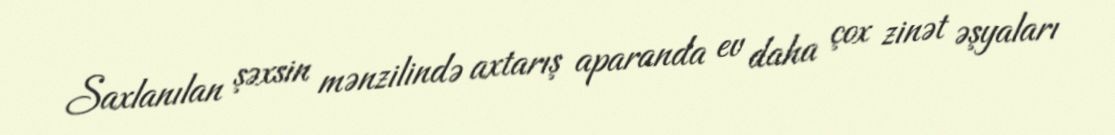
Saxlanılan şəxsin mənzilində axtarış aparanda ev daha çox zinət əşyaları